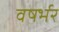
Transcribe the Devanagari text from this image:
वषर्भर